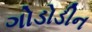
ગોડોડીન